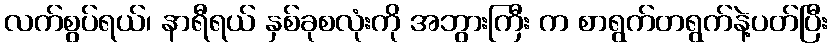
လက်စွပ်ရယ်၊ နာရီရယ် နှစ်ခုစလုံးကို အဘွားကြီး က စာရွက်တရွက်နဲ့ပတ်ပြီး